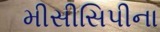
મીસીસિપીના